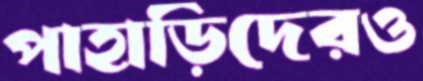
পাহাড়িদেরও